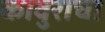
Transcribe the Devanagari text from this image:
कावुराचा